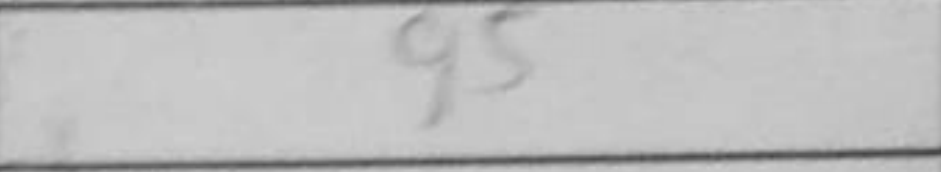
Transcription: g5